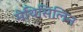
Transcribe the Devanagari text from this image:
मेथिसिलिन